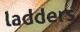
ladders